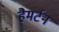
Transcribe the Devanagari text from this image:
हैमर्टन